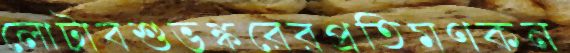
লোটাবশুভঙ্করেরপ্রতিমণকন